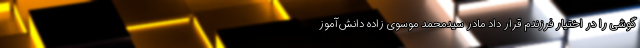
گوشی را در اختیار فرزندم قرار داد مادر سیدمحمد موسوی زاده دانش‌آموز